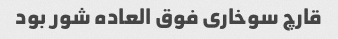
قارچ سوخاری فوق العاده شور بود